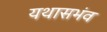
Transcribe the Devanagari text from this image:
यथासभंव